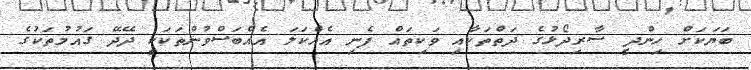
ބަޔަކަށް ހިންދީ ސާރިދޯޅުގެ ދަތްތަކާއި ވަކިތައް ފެނި އެއްކަލަ އެއްބަސްވުންތަކަކީ ދޭދޭ ގައުމުތަކުގެ